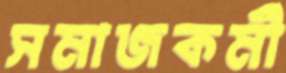
সমাজকর্মী